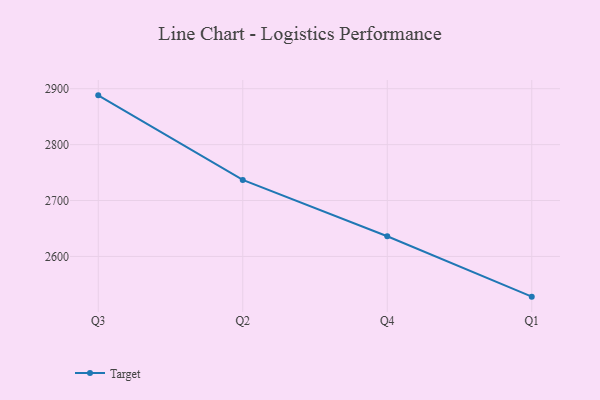
{"axis": {"x": "Quarter", "y": "Revenue (USD Million)"}, "legend": ["Target"], "data": [{"x": "Q3", "y": 2888.1, "type": "Target"}, {"x": "Q2", "y": 2736.9, "type": "Target"}, {"x": "Q4", "y": 2636.1, "type": "Target"}, {"x": "Q1", "y": 2528.1, "type": "Target"}]}